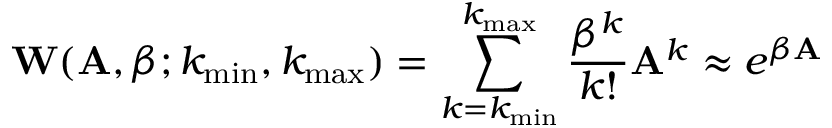
\mathbf { W } ( \mathbf { A } , \beta ; k _ { \operatorname* { m i n } } , k _ { \operatorname* { m a x } } ) = \sum _ { k = k _ { \operatorname* { m i n } } } ^ { k _ { \operatorname* { m a x } } } \frac { \beta ^ { k } } { k ! } \mathbf { A } ^ { k } \approx e ^ { \beta \mathbf { A } }